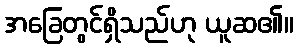
အခြေတွင်ရှိသည်ဟု ယူဆ၏။